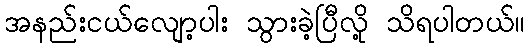
အနည်းငယ်လျော့ပါး သွားခဲ့ပြီလို့ သိရပါတယ်။